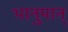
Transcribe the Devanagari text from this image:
भानुमान्